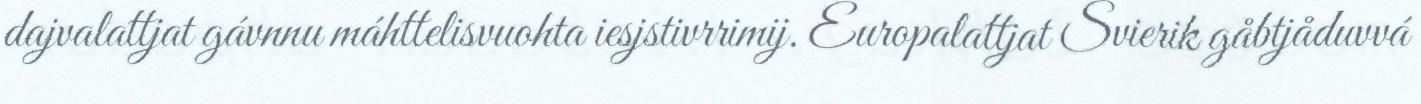
dajvalattjat gávnnu máhttelisvuohta iesjstivrrimij. Europalattjat Svierik gåbtjåduvvá